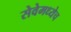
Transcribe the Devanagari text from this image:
सेवेमध्येच